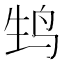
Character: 𬸆